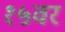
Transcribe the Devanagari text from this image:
१५वर